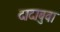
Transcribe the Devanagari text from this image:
दादाबुवा